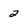
Character: 2